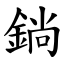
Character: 鋿